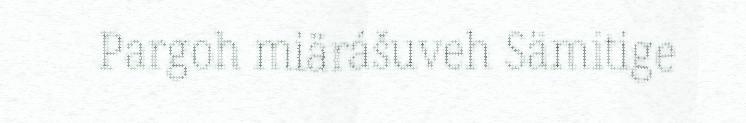
Pargoh miärášuveh Sämitige